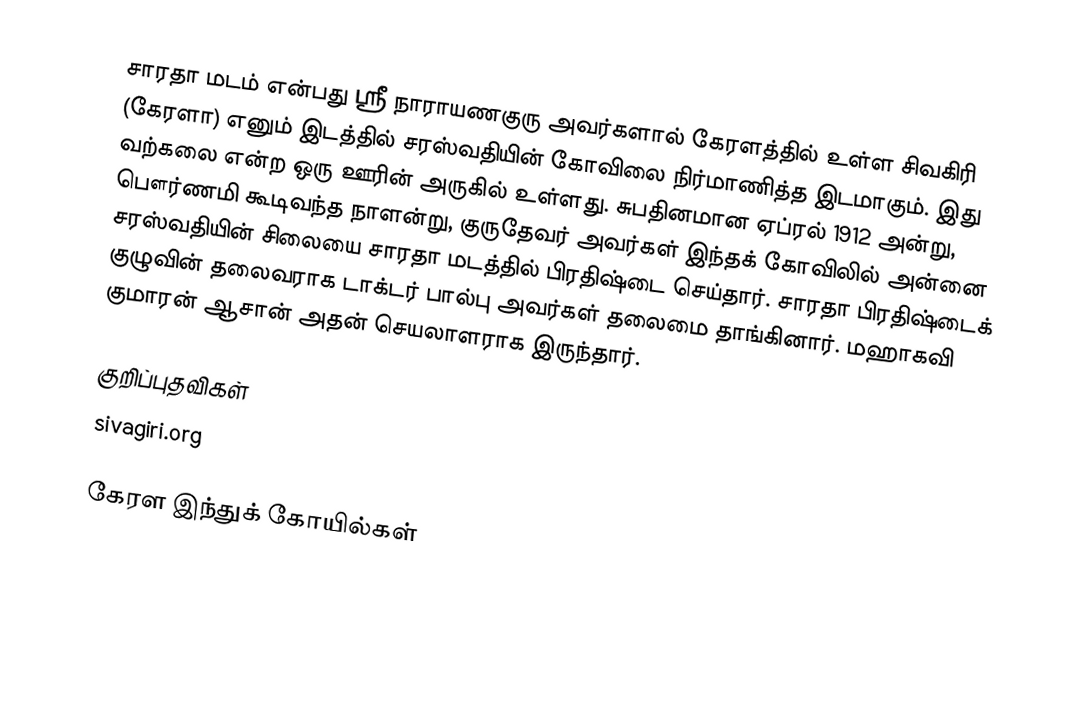
சாரதா மடம் என்பது ஸ்ரீ நாராயணகுரு அவர்களால் கேரளத்தில் உள்ள சிவகிரி (கேரளா) எனும் இடத்தில் சரஸ்வதியின் கோவிலை நிர்மாணித்த இடமாகும். இது வற்கலை என்ற ஒரு ஊரின் அருகில் உள்ளது. சுபதினமான ஏப்ரல் 1912 அன்று, பௌர்ணமி கூடிவந்த நாளன்று, குருதேவர் அவர்கள் இந்தக் கோவிலில் அன்னை சரஸ்வதியின் சிலையை சாரதா மடத்தில் பிரதிஷ்டை செய்தார். சாரதா பிரதிஷ்டைக் குழுவின் தலைவராக டாக்டர் பால்பு அவர்கள் தலைமை தாங்கினார். மஹாகவி குமாரன் ஆசான் அதன் செயலாளராக இருந்தார்.

குறிப்புதவிகள்
sivagiri.org

கேரள இந்துக் கோயில்கள்